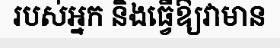
របស់អ្នក និងធ្វើឱ្យវាមាន